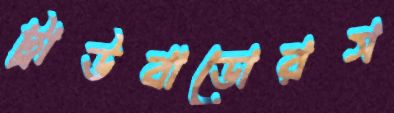
ট্রাউবাডোরস